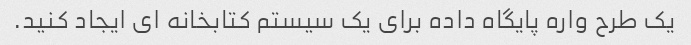
یک طرح واره پایگاه داده برای یک سیستم کتابخانه ای ایجاد کنید.